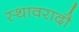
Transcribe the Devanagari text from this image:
स्थावरादौ